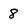
Character: 8